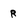
Character: R